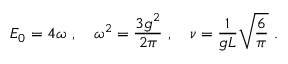
E _ { 0 } = 4 \omega \ , \quad \omega ^ { 2 } = \frac { 3 g ^ { 2 } } { 2 \pi } \ , \quad \nu = \frac { 1 } { g L } \sqrt { \frac { 6 } { \pi } } \ .